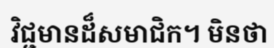
វិជ្ជមានដ៏សមាជិក។ មិនថា